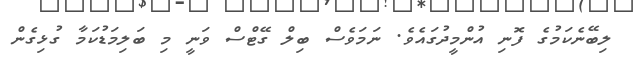
ލިބޭނެކަމުގެ ފޮނި އުންމީދުގައެވެ. ނަމަވެސް ބިލް ގޭޓްސް ވަނީ މި ބަލިމަޑުކަމާ ގުޅިގެން